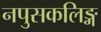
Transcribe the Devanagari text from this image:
नपुसकलिङ्ग